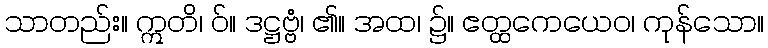
သာတည်း။ ဣတိ၊ ဝ်။ ဒဋ္ဌဗ္ဗံ၊ ၏။ အထ၊ ၌။ ဧတ္ထကေယေဝ၊ ကုန်သော။